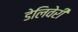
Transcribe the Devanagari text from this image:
डेलिवेरी